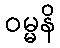
ဝမ္မနိ